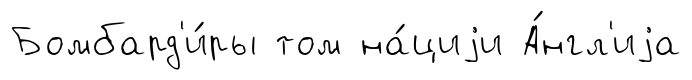
Бомбард'и́ры том на́циjи А́нгл'иjа